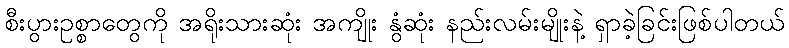
စီးပွားဥစ္စာတွေကို အရိုးသားဆုံး အကျိုး နွံဆုံး နည်းလမ်းမျိုးနဲ့ ရှာခဲ့ခြင်းဖြစ်ပါတယ်